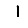
Digit: 1